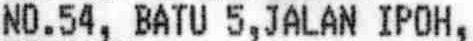
NO.54, BATU 5,JALAN IPOH,